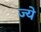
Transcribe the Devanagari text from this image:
ज्ये